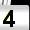
Digit: 4